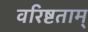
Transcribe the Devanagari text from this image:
वरिष्टताम्